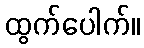
ထွက်ပေါက်။